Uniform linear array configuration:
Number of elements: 48
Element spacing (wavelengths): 0.75
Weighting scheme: blackman
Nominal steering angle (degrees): -60
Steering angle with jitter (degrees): -58.683
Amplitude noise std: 0.05
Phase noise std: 0.05

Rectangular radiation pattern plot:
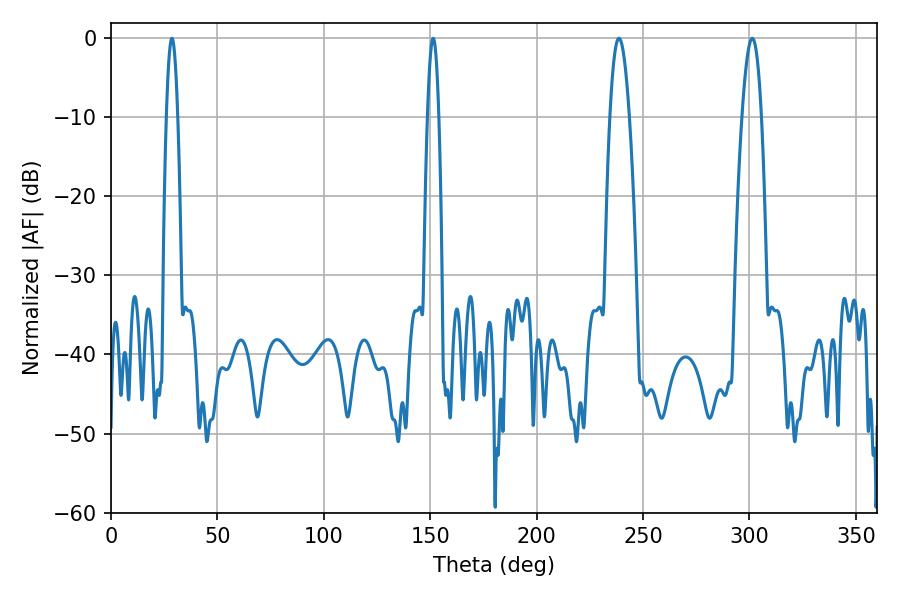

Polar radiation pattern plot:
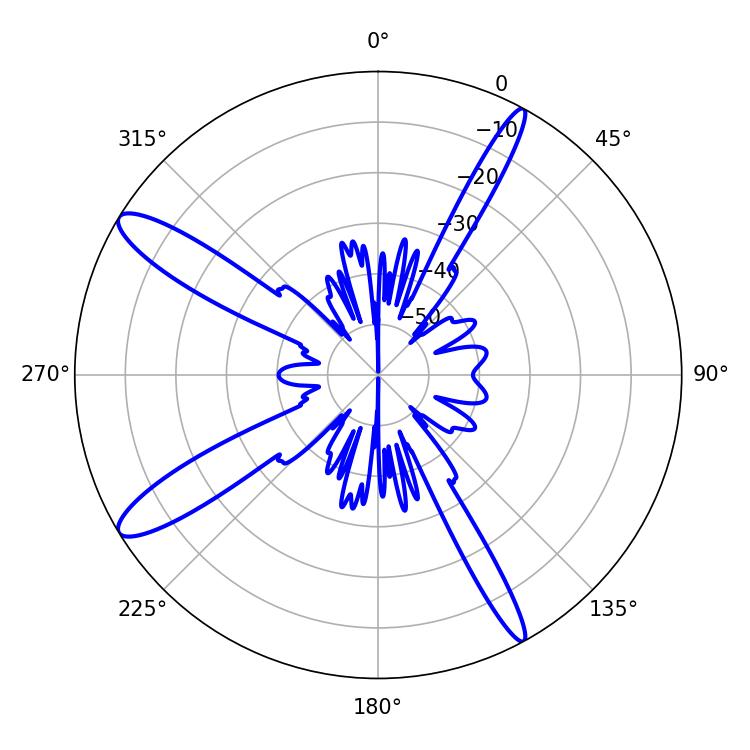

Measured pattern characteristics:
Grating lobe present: TRUE
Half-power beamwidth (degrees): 4.86
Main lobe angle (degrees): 238.68